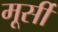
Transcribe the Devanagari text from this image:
मूर्सी